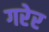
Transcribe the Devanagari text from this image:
गरेर